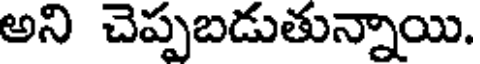
అని చెప్పబడుతున్నాయి.